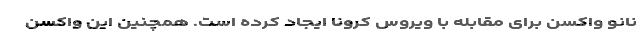
نانو واکسن برای مقابله با ویروس کرونا ایجاد کرده است. همچنین این واکسن